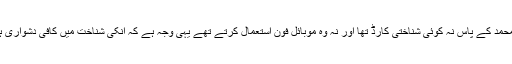
آس محمد کے پاس نہ کوئی شناختی کارڈ تھا اور نہ وہ موبائل فون استعمال کرتے تھے یہی وجہ ہے کہ انکی شناخت میں کافی دشواری ہوئی۔